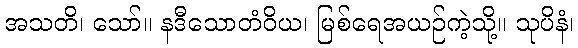
အသတိ၊ သော်။ နဒီသောတံဝိယ၊ မြစ်ရေအယဉ်ကဲ့သို့။ သုပိနံ၊